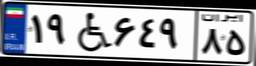
۱۹W۶۴۹۸۵